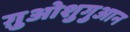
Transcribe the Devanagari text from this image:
ग़ुओशुगुआन